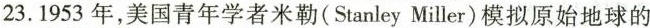
23. 1953年，美国青年学者米勒( Stanley